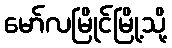
မော်လမြိုင်မြို့သို့